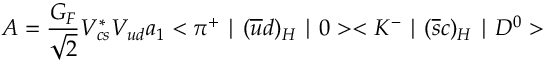
A = \frac { G _ { F } } { \sqrt { 2 } } V _ { c s } ^ { * } V _ { u d } a _ { 1 } < \pi ^ { + } \mid ( \overline { { { u } } } d ) _ { H } \mid 0 > < K ^ { - } \mid ( \overline { { { s } } } c ) _ { H } \mid D ^ { 0 } >